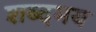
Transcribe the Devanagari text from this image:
शब्दमय